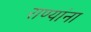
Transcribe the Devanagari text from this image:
राण्यांना